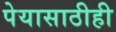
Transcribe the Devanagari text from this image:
पेयासाठीही